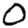
Digit: 0